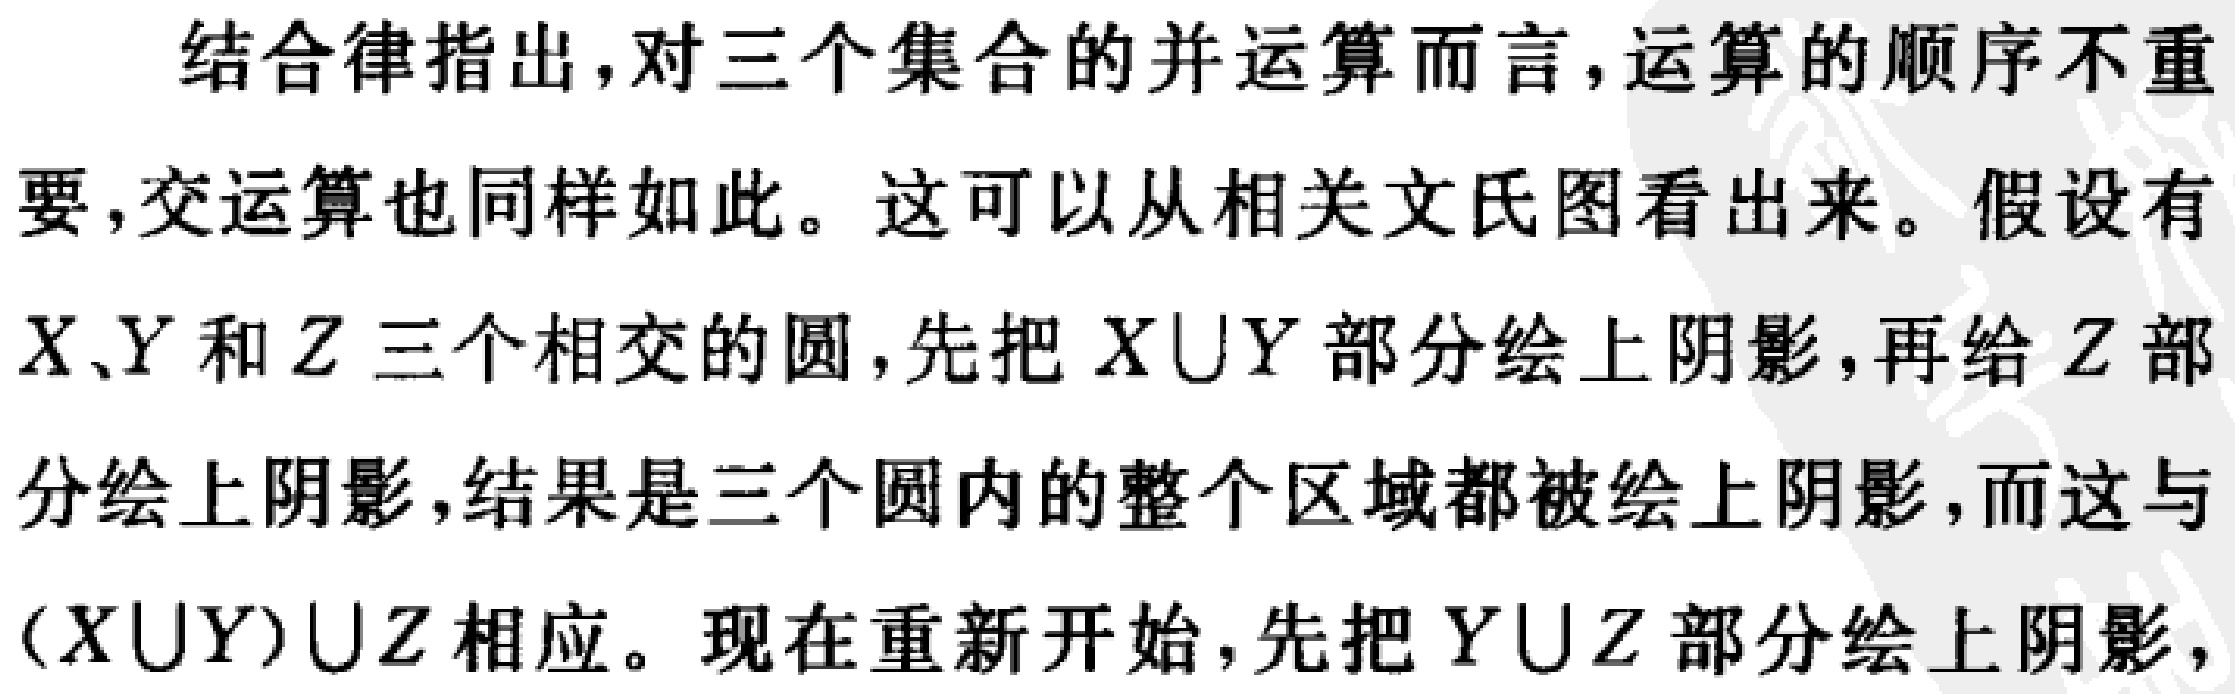
结合律指出，对三个集合的并运算而言，运算的顺序不重要，交运算也同样如此。这可以从相关文氏图看出来。假设有$X$、$Y$和$Z$三个相交的圆，先把$X\cup Y$部分绘上阴影，再给$Z$部分绘上阴影，结果是三个圆内的整个区域都被绘上阴影，而这与$(X\cup Y)\cup Z$相应。现在重新开始，先把$Y\cup Z$部分绘上阴影，